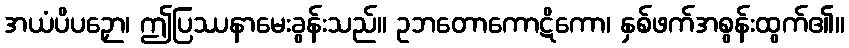
အယံပိပဉှော၊ ဤပြဿနာမေးခွန်းသည်။ ဥဘတောကောဋိကော၊ နှစ်ဖက်အစွန်းထွက်၏။